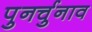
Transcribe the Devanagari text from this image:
पुनर्चुनाव